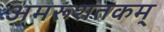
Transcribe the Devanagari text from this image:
अमरूशतकम्